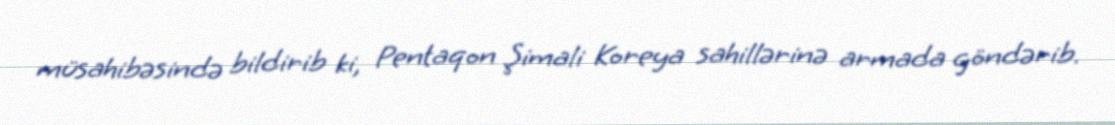
müsahibəsində bildirib ki, Pentaqon Şimali Koreya sahillərinə armada göndərib.